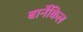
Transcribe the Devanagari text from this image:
बार्नेकिल